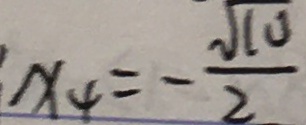
x _ { 4 } = - \frac { \sqrt { 1 0 } } { 2 }